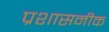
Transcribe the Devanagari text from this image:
प्रशासनीक